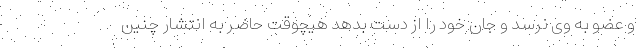
و عضو به وی نرسد و جان خود را از دست بدهد هیچوقت حاضر به انتشار چنین